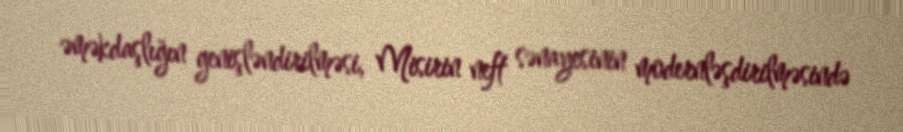
əməkdaşlığın genişləndirilməsi, Misirin neft sənayesinin modernləşdirilməsində